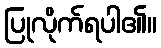
ပြုလိုက်ရပါ၏။